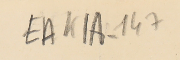
EAK1A-147